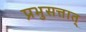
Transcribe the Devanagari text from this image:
प्रभुसत्तात्